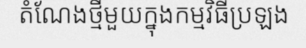
តំណែងថ្មីមួយក្នុងកម្មវិធីប្រឡង